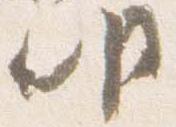
明